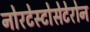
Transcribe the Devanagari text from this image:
नोरटेस्टोसेटेरोन